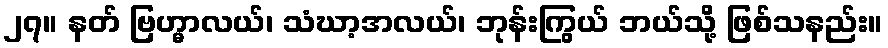
၂၇။ နတ် ဗြဟ္မာလယ်၊ သံဃာ့အလယ်၊ ဘုန်းကြွယ် ဘယ်သို့ ဖြစ်သနည်း။